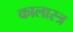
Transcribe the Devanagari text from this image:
कालास्त्र